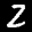
Label: 2